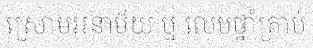
ស្រោមអនាម័យ ឬ លេបថ្នាំគ្រាប់